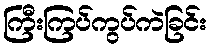
ကြီးကြပ်ကွပ်ကဲခြင်း